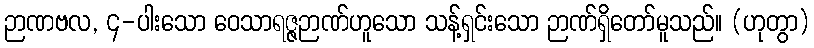
ဉာဏဗလ, ၄-ပါးသော ဝေသာရဇ္ဇဉာဏ်ဟူသော သန့်ရှင်းသော ဉာဏ်ရှိတော်မူသည်။ (ဟုတွာ)